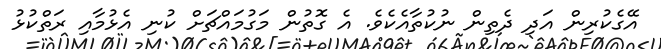
އޭގެކުރިން އަދި ދެތިން ނުކުތާއެކެވެ. އެ ގޮތުން މަގުމައްޗަށް ކުނި އެޅުމާއި ރަތްކުޅު